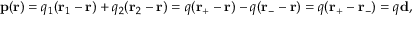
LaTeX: \mathbf { p } ( \mathbf { r } ) = q _ { 1 } ( \mathbf { r } _ { 1 } - \mathbf { r } ) + q _ { 2 } ( \mathbf { r } _ { 2 } - \mathbf { r } ) = q ( \mathbf { r } _ { + } - \mathbf { r } ) - q ( \mathbf { r } _ { - } - \mathbf { r } ) = q ( \mathbf { r } _ { + } - \mathbf { r } _ { - } ) = q \mathbf { d } ,